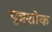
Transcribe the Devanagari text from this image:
पुत्रशोक